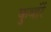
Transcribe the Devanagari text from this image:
कुवांरें